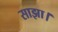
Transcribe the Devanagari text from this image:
साझा।